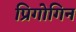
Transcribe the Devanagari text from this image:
प्रिगोगिन